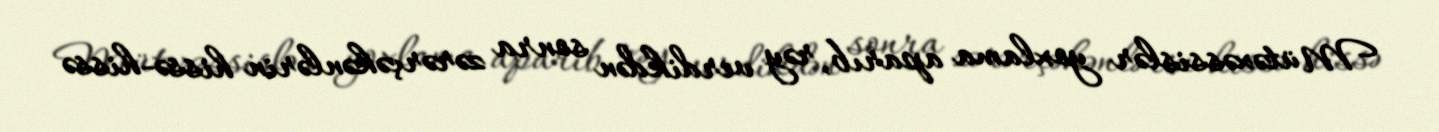
Mütəxəssislər yoxlama aparıb, rəy verdikdən sonra zərərçəkənlərin hissə-hissə